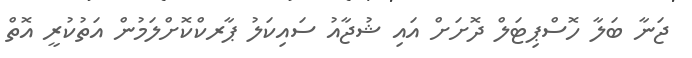
ޖަނާ ބަލާ ހޮސްޕިޓަލް ދޮށަށް އައި ޝުޖާއު ސައިކަލު ޕާރކްކޮށްލަމުން އަތުކުރީ އޮތް